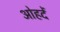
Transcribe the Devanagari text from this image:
ओहदें